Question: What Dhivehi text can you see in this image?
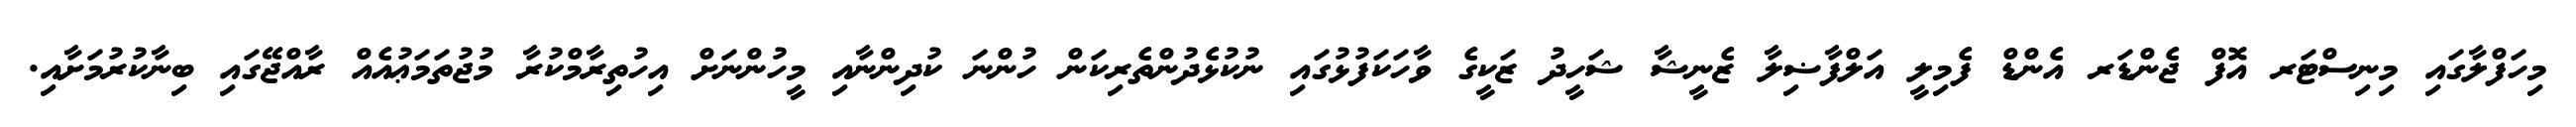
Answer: މިހަފްލާގައި މިނިސްޓަރ އޮފް ޖެންޑަރ އެންޑް ފެމިލީ އަލްފާޟިލާ ޒެނީޝާ ޝަހީދު ޒަކީގެ ވާހަކަފުޅުގައި ނުކުޅެދުންތެރިކަން ހުންނަ ކުދިންނާއި މީހުންނަށް އިހުތިރާމްކުރާ މުޖުތަމަޢުއެއް ރާއްޖޭގައި ބިނާކުރުމަށާއި.